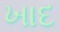
ખાદ